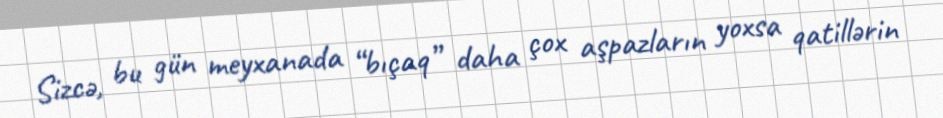
Sizcə, bu gün meyxanada “bıçaq” daha çox aşpazların yoxsa qatillərin